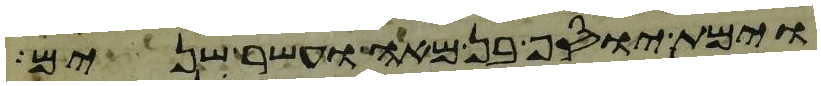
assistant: וימת יוסף בן מאה ועשר שנים